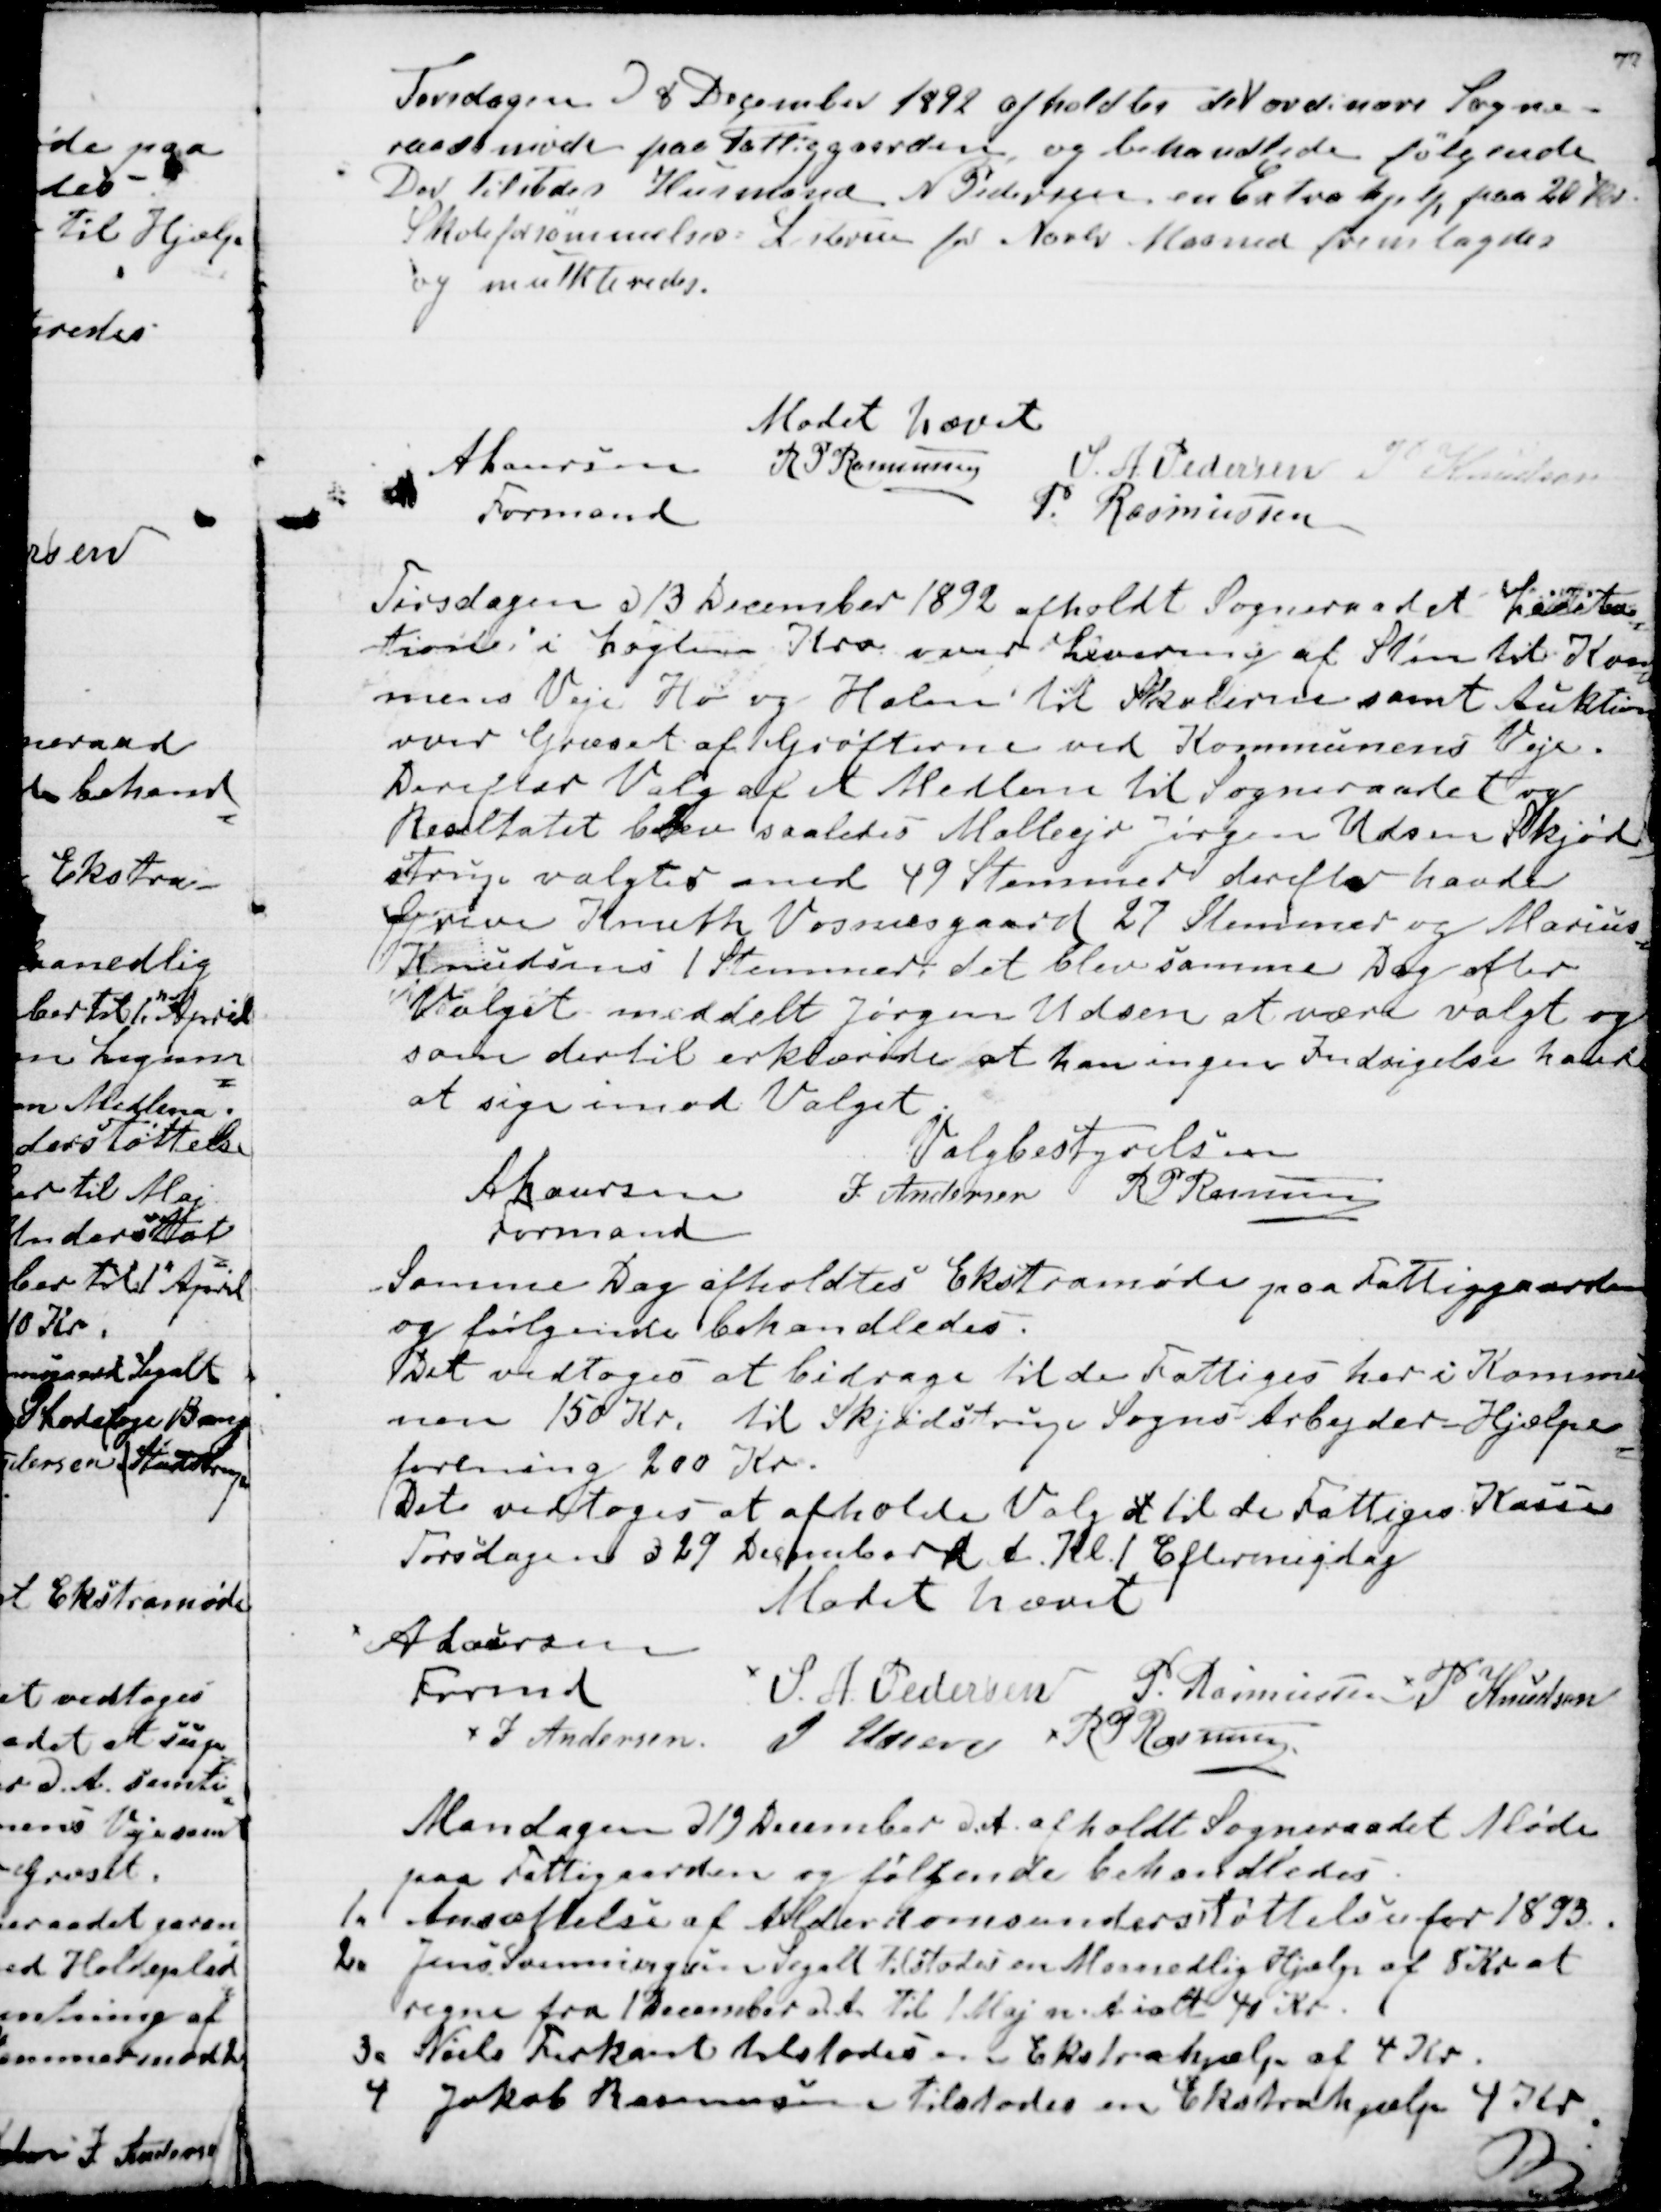
Transskription:
Torsdagen d 8 December 1892 afholdtes det ordinære Sogne-
raadsmøde paa Fattiggaarden og behandlede følgende
Der tilstodes Husmand N Pedersen en Ekstrahjelp paa 20 Kr.
Skoleforsømmelses=Listerne for Novbr Maaned fremlagdes
og mulkteredes.
Mødet hævet
A Laursen
Formand
R P Rasmussen
S. A. Pedersen
P Knudsen
P. Rasmussen

Tirsdagen d 13 December 1892 afholdt Sogneraadet Licita
=
tion i Løgten Kro over Levering af Sten til Kom
=
munens Veje. Hø og Halm til Skolerne samt Auktion
over Græset af Grøfterne ved Kommunens Veje.
Derefter Valg af et Medlem til Sogneraadet og 
Resultatet blev saaledes Mølleejer Jørgen Udsen Skjød
-
strup valgtes med 49 Stemmer derefter havde 
Greve Knuth Vosnæsgaard 27 Stemmer og Marius
Knudsens 1 Stemmer det blev samme Dag efter 
Valget meddelt Jørgen Udsen at være valgt og
som dertil erklærede at han ingen Indsigelse havde
at sige imod Valget.
Valgbestyrelsen
A Laursen
Formand
J Andersen
R P Rasmussen

Samme Dag afholdtes Ekstramøde paa Fattiggaarden
og følgende behandledes.
Det vedtoges at bidrage til de Fattige her i Kommu
nen 150 Kr. til Skjødstrup Sogns Arbejder-Hjælpe
=
forening 200 Kr.
Det vedtoges at afholde Valg d til de Fattiges Kasse
Torsdagen d 29 December d. A. Kl. 1 Eftermigdag
Mødet hævet
A Laursen
Formand
J Andersen
S. A. Pedersen
P. Rasmussen
P Knudsen
J Udsen
R P Rasmussen

Mandagen d 19 December afholdt Sogneraadet Møde
paa Fattiggaarden og følgende behandledes.
1. Ansættelse af Alderdomsunderstøttelse for 1893.
2. Jens Svenningsen Segalt tilstodes en Maanedlig Hjælp af 5 Kr at
regne fra 1 December d. A. til 1 Maj n. A. ialt 40 Kr.
3. Niels Firkant tilstodes en Ekstrahjælp af 4 Kr.
4 Jakob Rasmussen tilstodes en Ekstrahjælp 4 Kr.